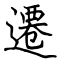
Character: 遷